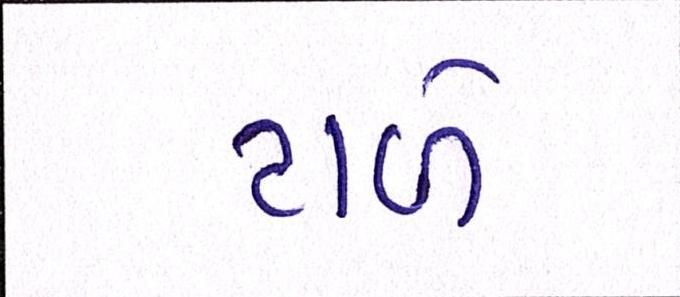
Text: ટાળે